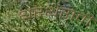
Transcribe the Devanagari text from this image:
थरथरावी